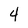
Character: 4